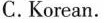
C. Korean.